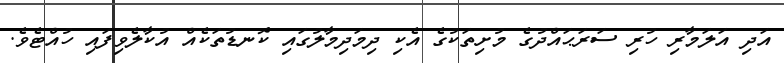
އަދި އަލަމާރި ހުރި ސަރަޙައްދުގެ މުށިތަކުގެ އެކި ދިމަދިމާލުގައި ކޮނޑުތަކެއް އުކާލެވިފައި ހުއްޓެވެ.